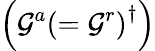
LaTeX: \left(\mathcal{G}^{a}\left(=\mathcal{G}^{r}\right)^{\dagger}\right)